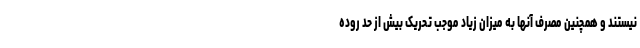
نیستند و همچنین مصرف آنها به میزان زیاد موجب تحریک بیش از حد روده